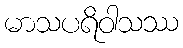
မာသပရိဝါသဿ